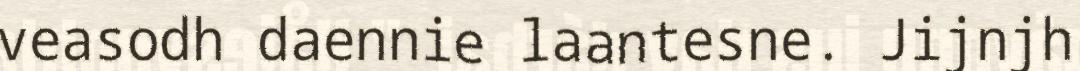
veasodh daennie laantesne. Jijnjh